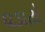
ઘડાટો